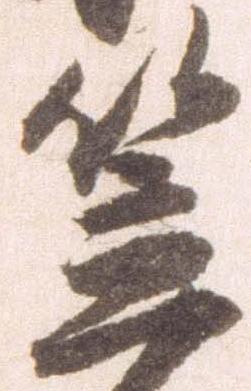
笠